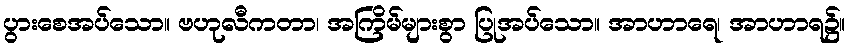
ပွားစေအပ်သော။ ဗဟုလီကတာ၊ အကြိမ်များစွာ ပြုအပ်သော။ အာဟာရေ၊ အာဟာရ၌။